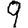
Digit: 9